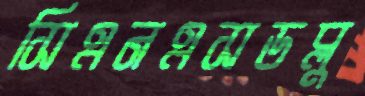
সিএনএসডব্লু